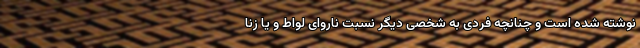
نوشته شده است و چنانچه فردی به شخصی دیگر نسبت ناروای لواط و یا زنا